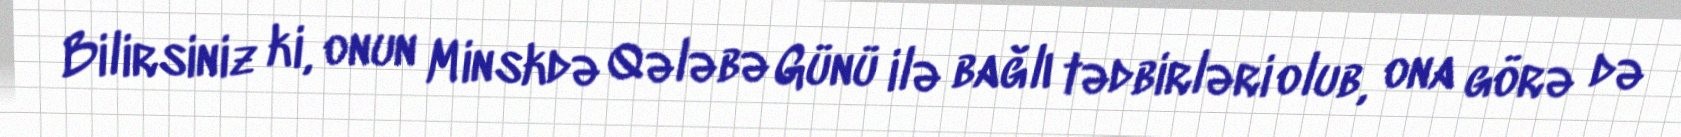
Bilirsiniz ki, onun Minskdə Qələbə Günü ilə bağlı tədbirləri olub, ona görə də